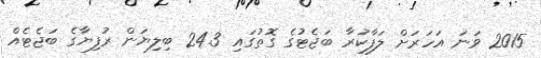
2015 ވަނަ އަހަރަށް ލަފާކުރާ ބަޖެޓުގެ ގޮތުގައި 24.3 ބިލިޔަން ރުފިޔާގެ ބަޖެޓެއް